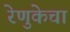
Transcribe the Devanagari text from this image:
रेणुकेचा